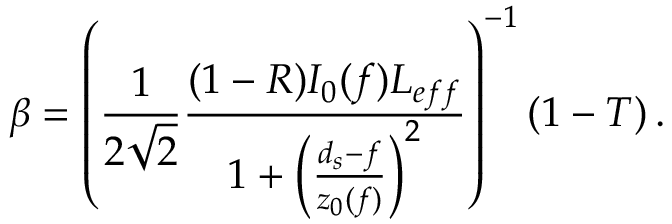
\beta = \left( \frac { 1 } { 2 \sqrt { 2 } } \frac { ( 1 - R ) I _ { 0 } ( f ) L _ { e f f } } { 1 + \left( \frac { d _ { s } - f } { z _ { 0 } ( f ) } \right) ^ { 2 } } \right) ^ { - 1 } \left( 1 - T \right) .